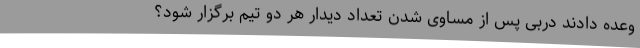
وعده دادند دربی پس از مساوی شدن تعداد دیدار هر دو تیم برگزار شود؟